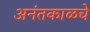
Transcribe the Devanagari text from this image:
अनंतकाळचे